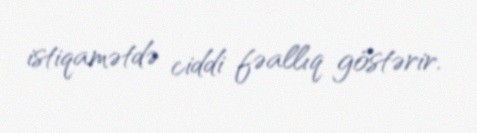
istiqamətdə ciddi fəallıq göstərir.